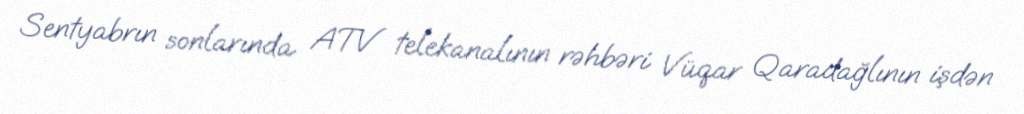
Sentyabrın sonlarında ATV telekanalının rəhbəri Vüqar Qaradağlının işdən